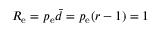
R _ { \mathrm { e } } = p _ { \mathrm { e } } \bar { d } = p _ { \mathrm { e } } ( r - 1 ) = 1